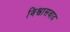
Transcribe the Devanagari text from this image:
विश्वासवाद